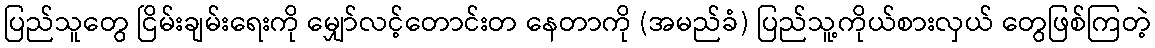
ပြည်သူတွေ ငြိမ်းချမ်းရေးကို မျှော်လင့်တောင်းတ နေတာကို (အမည်ခံ) ပြည်သူ့ကိုယ်စားလှယ် တွေဖြစ်ကြတဲ့